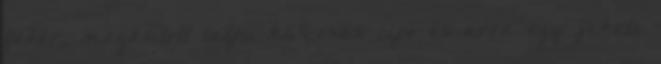
fehér, magasított talpú kb.4centis cipő és arra egy fekete